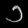
Digit: ၁